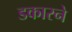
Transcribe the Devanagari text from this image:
डकारने